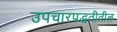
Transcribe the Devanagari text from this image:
उपचारपद्धतीतील